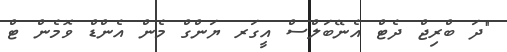
"ދަ ބްރިޖް ދެޓް އެނޭބަލްސް އީގަރ ޔަންގް މެން އެންޑް ވޮމެން ޓް